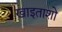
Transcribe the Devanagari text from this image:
खाइताशो